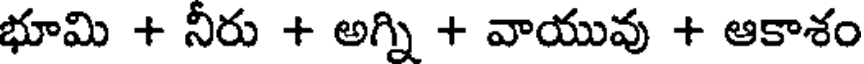
భూమి + నీరు + అగ్ని + వాయువు + ఆకాశం